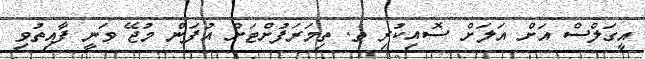
އީގަލްސް އަށް އަލަށް ސޮއިކުރި ތ. ތިމަރަފުށްޓަށް އުފަން މުޖޭ ވަނީ ފާއިތުވި